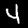
Digit: 4